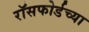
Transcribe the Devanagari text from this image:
रॉसफोर्डच्या